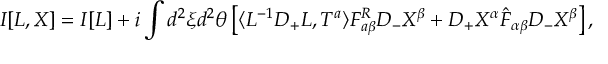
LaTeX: I [ L , X ] = I [ L ] + i \int d ^ { 2 } \xi d ^ { 2 } \theta \left[ \langle L ^ { - 1 } D _ { + } L , T ^ { a } \rangle F _ { a \beta } ^ { R } D _ { - } X ^ { \beta } + D _ { + } X ^ { \alpha } \hat { F } _ { \alpha \beta } D _ { - } X ^ { \beta } \right] ,